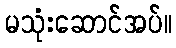
မသုံးဆောင်အပ်။